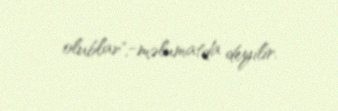
olublar",-məlumatda deyilir.